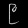
Digit: ၉